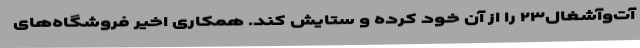
آت‌وآشغال۲۳ را از آنِ خود کرده و ستایش کند. همکاری اخیر فروشگاه‌های